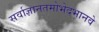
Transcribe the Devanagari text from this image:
सर्वाज्ञानतमोभेदभानवे